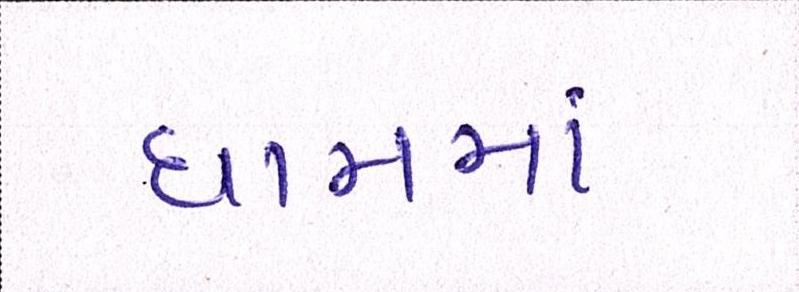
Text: ધામમાં